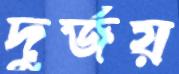
দুর্জয়